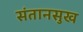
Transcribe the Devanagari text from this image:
संतानसुख